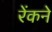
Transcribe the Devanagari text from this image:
रेंकने